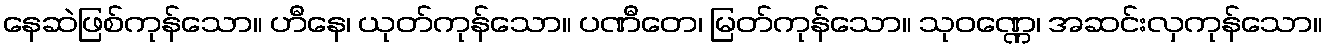
နေဆဲဖြစ်ကုန်သော။ ဟီနေ၊ ယုတ်ကုန်သော။ ပဏီတေ၊ မြတ်ကုန်သော။ သုဝဏ္ဏေ၊ အဆင်းလှကုန်သော။